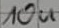
Text: 10u